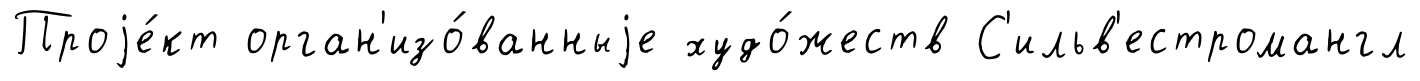
Проjе́кт орган'изо́ванныjе худо́жеств С'ильв'естромангл